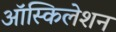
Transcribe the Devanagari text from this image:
ऑस्किलेशन